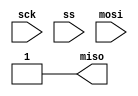
module bitrev (
  input  sck,
  input  ss,
  input  mosi,
  output miso
);
  assign miso = 1'b1;
endmodule